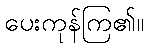
ပေးကုန်ကြ၏။